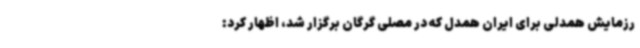
رزمایش همدلی برای ایران همدل که در مصلی گرگان برگزار شد، اظهار کرد: